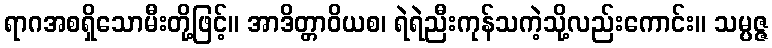
ရာဂအစရှိသောမီးတို့ဖြင့်။ အာဒိတ္တာဝိယစ၊ ရဲရဲညီးကုန်သကဲ့သို့လည်းကောင်း။ သမ္ပဇ္ဇ